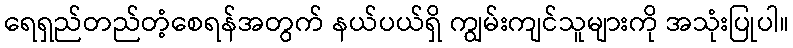
ရေရှည်တည်တံ့စေရန်အတွက် နယ်ပယ်ရှိ ကျွမ်းကျင်သူများကို အသုံးပြုပါ။